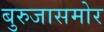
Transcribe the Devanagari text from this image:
बुरुजासमोर